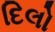
દિલો